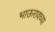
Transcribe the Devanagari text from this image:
भाऊरावच्या